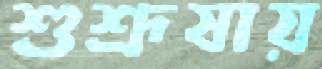
শুশ্রূষায়